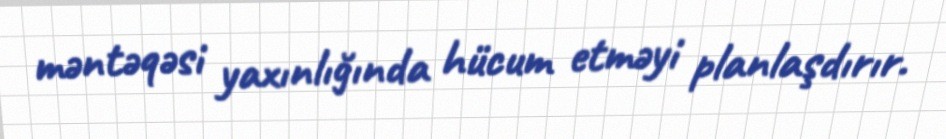
məntəqəsi yaxınlığında hücum etməyi planlaşdırır.